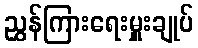
ညွှန်ကြားရေးမှူးချုပ်